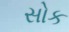
સોક